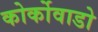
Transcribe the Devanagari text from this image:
कोर्कोवाडो